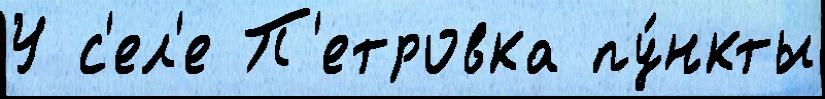
У с'ел'е П'етровка пу́нкты